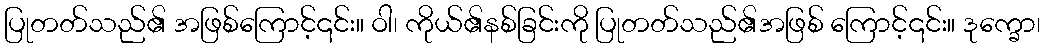
ပြုတတ်သည်၏ အဖြစ်ကြောင့်၎င်း။ ဝါ၊ ကိုယ်၏နစ်ခြင်းကို ပြုတတ်သည်၏အဖြစ် ကြောင့်၎င်း။ ဒုက္ခော၊